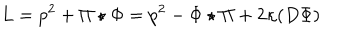
LaTeX: L = p ^ { 2 } + \Pi \star \Phi = p ^ { 2 } - \Phi \star \Pi + 2 \kappa ( D \Phi )